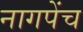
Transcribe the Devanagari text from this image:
नागपेंच